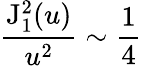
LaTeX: \frac{\mathrm{J}_{1}^{2}(u)}{u^{2}}\sim\frac{1}{4}